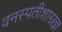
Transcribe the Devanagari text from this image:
वनस्पतीशास्रज्ञ